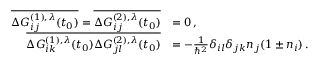
\begin{array} { r l } { \overline { { \Delta G _ { i j } ^ { ( 1 ) , \lambda } ( t _ { 0 } ) } } = \overline { { \Delta G _ { i j } ^ { ( 2 ) , \lambda } ( t _ { 0 } ) } } } & { = 0 \, , } \\ { \overline { { \Delta G _ { i k } ^ { ( 1 ) , \lambda } ( t _ { 0 } ) \Delta G _ { j l } ^ { ( 2 ) , \lambda } ( t _ { 0 } ) } } } & { = - \frac { 1 } { \hbar ^ { 2 } } \delta _ { i l } \delta _ { j k } n _ { j } ( 1 \pm n _ { i } ) \, . \quad } \end{array}